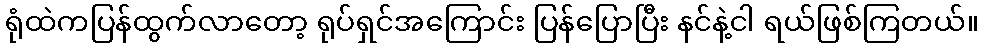
ရုံထဲကပြန်ထွက်လာတော့ ရုပ်ရှင်အကြောင်း ပြန်ပြောပြီး နင်နဲ့ငါ ရယ်ဖြစ်ကြတယ်။